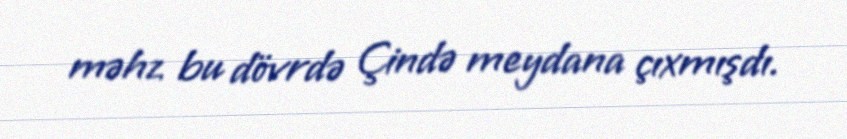
məhz bu dövrdə Çində meydana çıxmışdı.